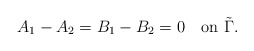
\begin{align*}A_1-A_2=B_1-B_2=0\quad\mbox{on}\,\,\tilde \Gamma.\end{align*}